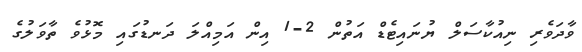
ވާދަވެރި ނިއުކާސަލް ޔުނައިޓެޑް އަތުން 2-1 އިން އަމިއްލަ ދަނޑުގައި މޮޅުވެ ތާވަލުގެ